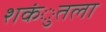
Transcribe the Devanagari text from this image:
शकंुतला